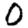
Digit: 0